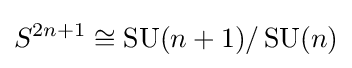
S^{2n+1}\cong \operatorname {SU} (n+1)/\operatorname {SU} (n)